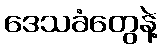
ဒေသခံတွေနဲ့